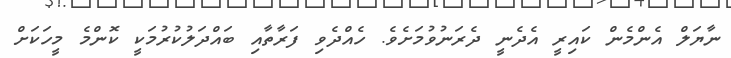
ނާޔަލް އެންމެން ކައިރީ އެދެނީ ދެރަނުވުމަށެވެ. ހެއްދެވި ފަރާތާއި ބައްދަލުކުރުމަކީ ކޮންމެ މީހަކަށް